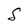
Character: S